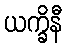
ယက္ခိနီ